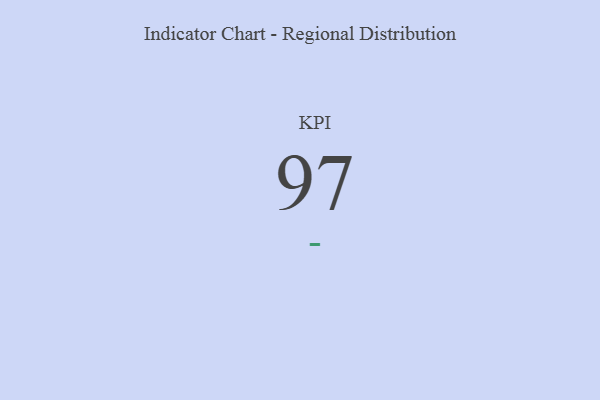
{"axis": {"x": "KPI", "y": "Value"}, "legend": [""], "data": [{"x": "KPI", "y": 97, "type": ""}]}